Vaccination in Bombay 1863-1868 - 1863-1868
Year: 1863
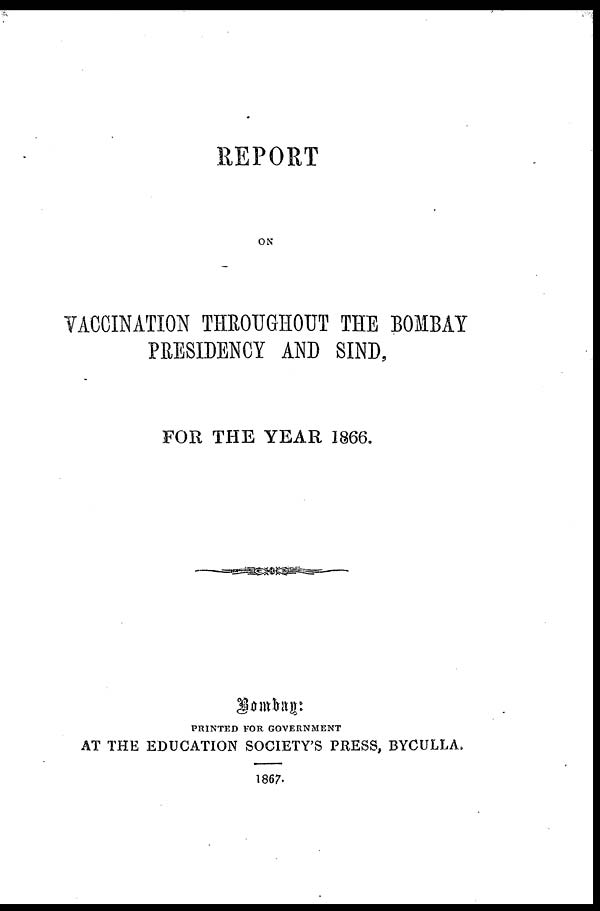
REPORT
ON
VACCINATION THROUGHOUT THE BOMBAY
PRESIDENCY AND SIND,
FOR THE YEAR 1866.
Bombay:
PRINTED FOR GOVERNMENT
AT THE EDUCATION SOCIETY'S PRESS, BYCULLA.
1867.